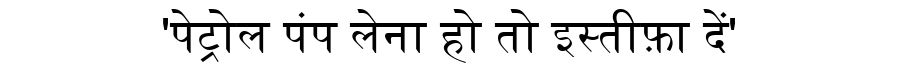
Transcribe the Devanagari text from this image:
'पेट्रोल पंप लेना हो तो इस्तीफ़ा दें'